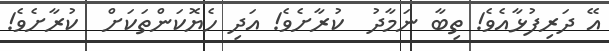
އޭ ދަރިފުޅާއެވެ! ތިބާ ނަމާދު  ކުރާށެވެ! އަދި ހެޔޮކަންތަކަށް  ކުރާށެވެ!